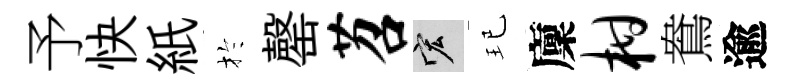
予快紙扵罄苕宏玘廩柑鴦逾